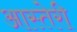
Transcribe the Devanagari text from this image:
आस्तेरी